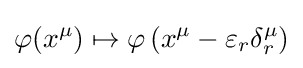
\varphi (x^{\mu })\mapsto \varphi \left(x^{\mu }-\varepsilon _{r}\delta _{r}^{\mu }\right)